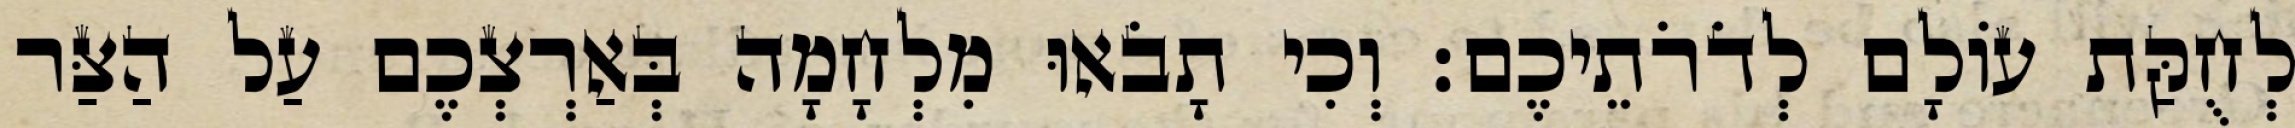
לְחֻקַּת עוֹלָם לְדֹרֹתֵיכֶם׃ וְכִי תָבֹאוּ מִלְחָמָה בְּאַרְצְכֶם עַל הַצַּר